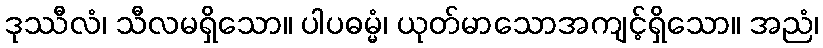
ဒုဿီလံ၊ သီလမရှိသော။ ပါပဓမ္မံ၊ ယုတ်မာသောအကျင့်ရှိသော။ အညံ၊